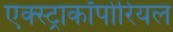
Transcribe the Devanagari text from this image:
एक्स्ट्राकॉर्पोरियल